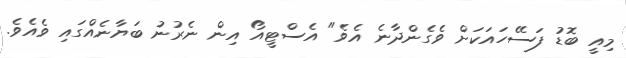
މިއީ ބޮޑު ފަސޭހައަކަށް ވެގެންދާނެ އެވެ" އެސްޓީއޯ އިން ނެރުނު ބަޔާނެއްގައި ވެއެވެ.